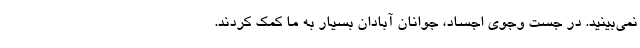
نمی‌بینید. در جست وجوی اجساد، جوانان آبادان بسیار به ما کمک کردند.